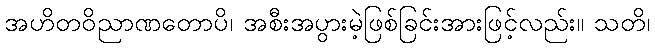
အဟိတဝိညာဏတောပိ၊ အစီးအပွားမဲ့ဖြစ်ခြင်းအားဖြင့်လည်း။ သတိ၊